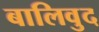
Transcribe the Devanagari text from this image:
बालिवुद